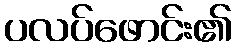
ပလပ်ဖောင်း၏